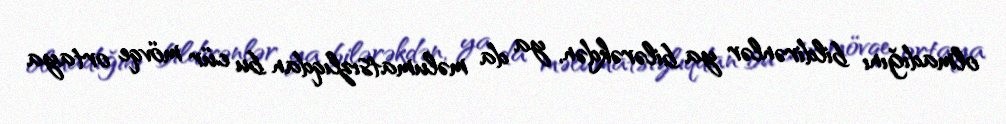
olmadığını bildirənlər ya bilərəkdən, ya da məlumatsızlıqdan bu cür mövqe ortaya